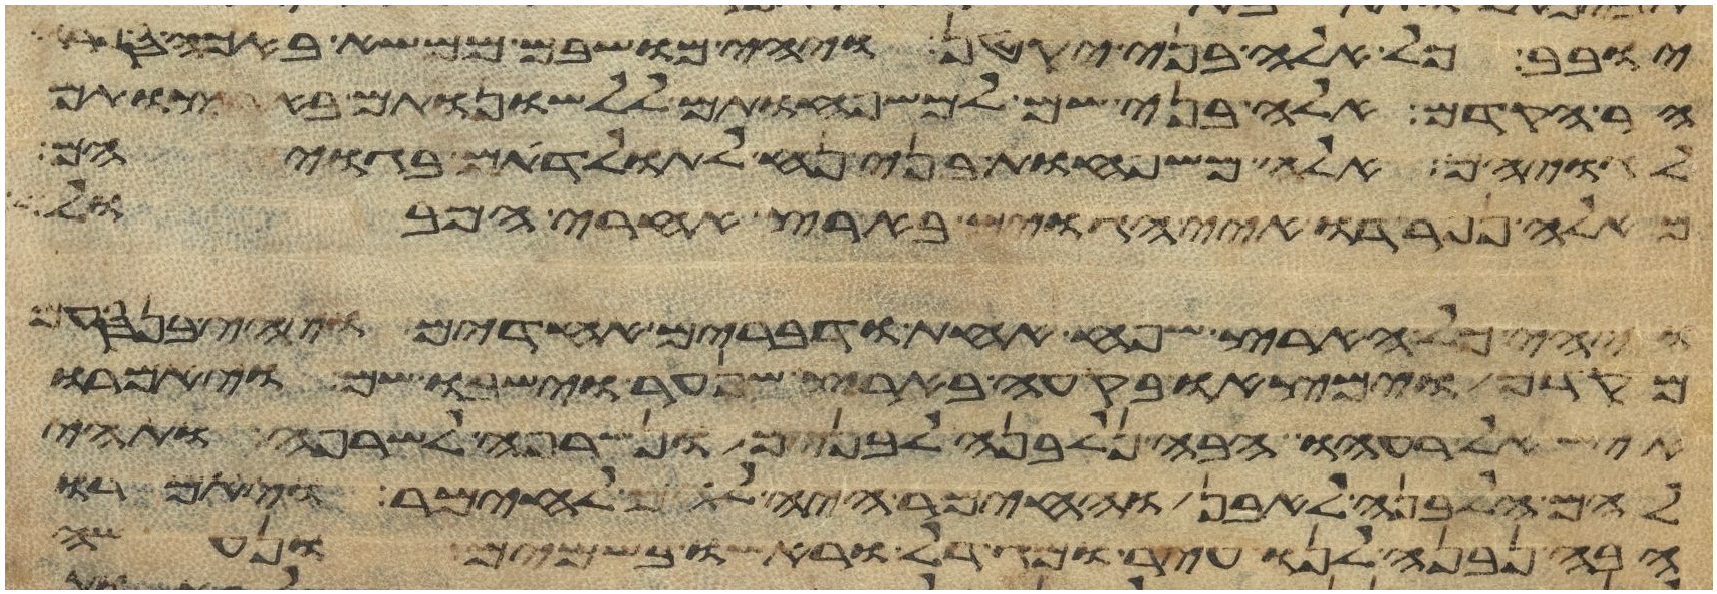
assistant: יובב כל אלה בני יקטן ויהי מושבם ממשא באכה ספרה
הר הקדם אלה בני שם למשפחותם ללשנותם בארצותם
לגויהם אלה משפחות בני נח לתולדתם בגויהם
מאלה נפרדו איי הגוים בארץ אחרי המבול
ויהי כל הארץ שפה אחת ודברים אחדים ויהי בנסעם
מקדם וימצאו בקעה בארץ שנער וישבו שם ויאמרו
איש אל רעהו הבה נלבנה לבנים ונשרפה לשרפה ותהי
להם הלבנה לאבן והחימר היה להם לחימר ויאמרו
הבה נבנה לנו עיר ומגדל וראשו בשמים ונעשה